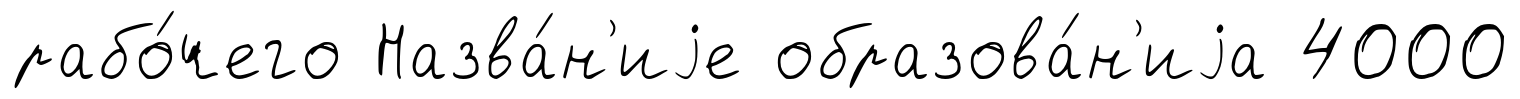
рабо́чего Назва́н'иjе образова́н'иjа 4000